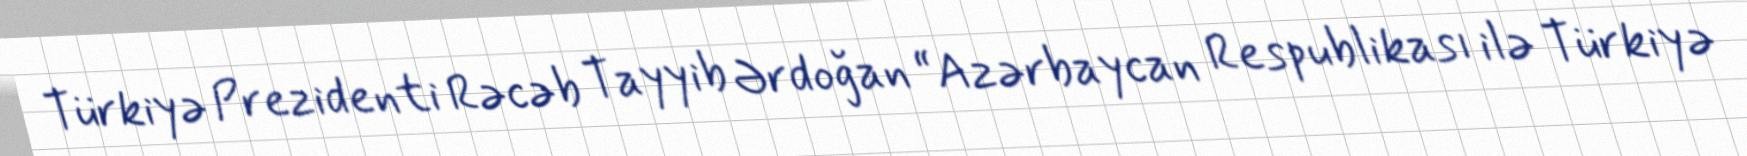
Türkiyə Prezidenti Rəcəb Tayyib Ərdoğan “Azərbaycan Respublikası ilə Türkiyə